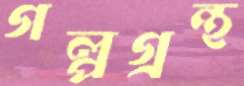
গল্পগ্রন্থ